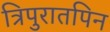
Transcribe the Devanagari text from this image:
त्रिपुरातपिन